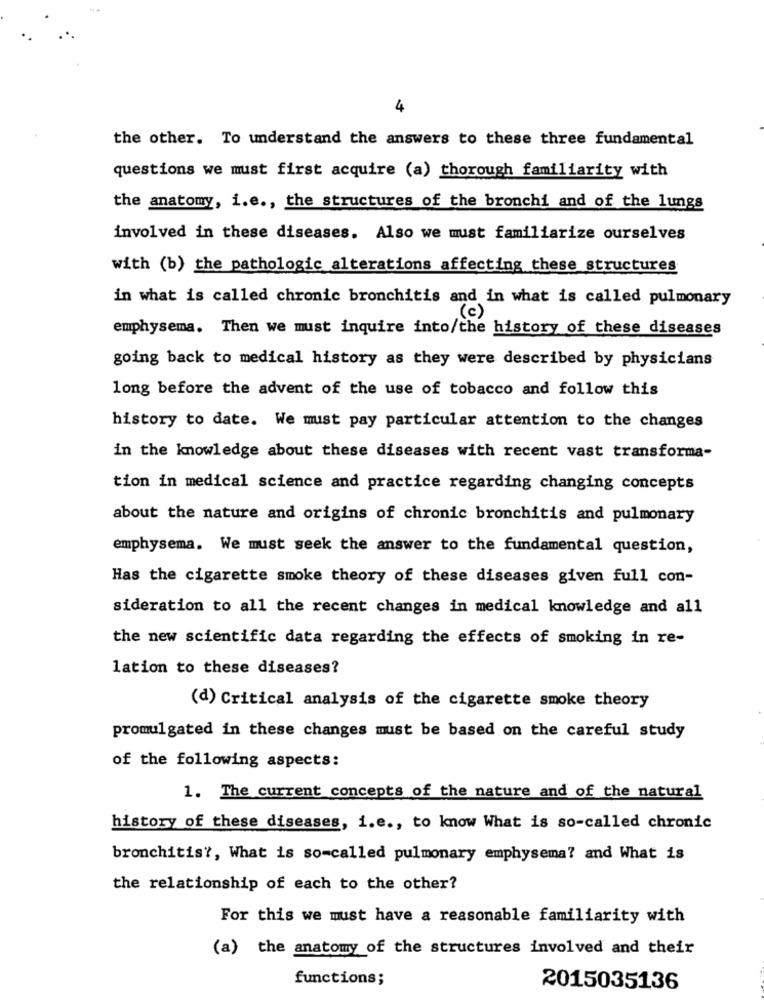
4
the other. To understand the answers to these three fundamental
questions we must first acquire (a) thorough familiarity with
the anatomy, i.e ., the structures of the bronchi and of the lungs
involved in these diseases. Also we must familiarize ourselves
with (b) the pathologic alterations affecting these structures
in what is called chronic bronchitis and in what is called pulmonary
(c)
emphysema. Then we must inquire into/the history of these diseases
going back to medical history as they were described by physicians
long before the advent of the use of tobacco and follow this
history to date. We must pay particular attention to the changes
in the knowledge about these diseases with recent vast transforma-
tion in medical science and practice regarding changing concepts
about the nature and origins of chronic bronchitis and pulmonary
emphysema. We must seek the answer to the fundamental question,
Has the cigarette smoke theory of these diseases given full con-
sideration to all the recent changes in medical knowledge and all
the new scientific data regarding the effects of smoking in re-
lation to these diseases?
(d) Critical analysis of the cigarette smoke theory
promul gated in these changes must be based on the careful study
of the following aspects:
1. The current concepts of the nature and of the natural
history of these diseases, i.e ., to know What is so-called chronic
bronchitis ?, What is so-called pulmonary emphysema? and What is
the relationship of each to the other?
For this we must have a reasonable familiarity with
(a) the anatomy of the structures involved and their
functions;
2015035136